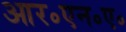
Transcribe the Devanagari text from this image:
आर॰एन॰ए॰